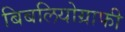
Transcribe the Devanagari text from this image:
बिबलियोग्राफी